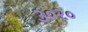
૩૦૨૦